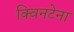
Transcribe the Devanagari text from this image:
क्विनटेना